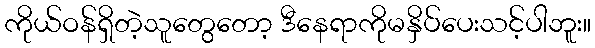
ကိုယ်ဝန်ရှိတဲ့သူတွေတော့ ဒီနေရာကိုမနှိပ်ပေးသင့်ပါဘူး။